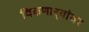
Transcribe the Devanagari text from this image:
विकणाऱ्यांवर